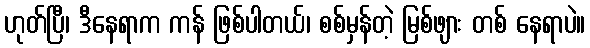
ဟုတ်ပြီ၊ ဒီနေရာက ကန် ဖြစ်ပါတယ်၊ စစ်မှန်တဲ့ မြစ်ဖျား တစ် နေရာပဲ။